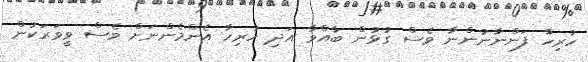
ހުރިހާ ފަންނާނުންނާ ވެސް ގުޅުން ބާއްވާ އަދި ހުރިހާ އެންމެންނަށް ވެސް ވީވަރަކުން